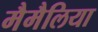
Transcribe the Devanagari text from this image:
मैमैलिया